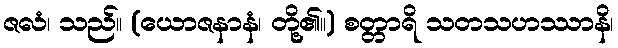
ဇလံ၊ သည်။ (ယောဇနာနံ၊ တို့၏။) စတ္တာရိ သတသဟဿာနိ၊